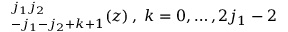
\O _ { - j _ { 1 } - j _ { 2 } + k + 1 } ^ { j _ { 1 } j _ { 2 } } ( z ) \: , \; k = 0 , \dots , 2 j _ { 1 } - 2